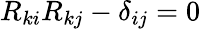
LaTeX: R_{ki}R_{kj}-\delta_{ij}=0